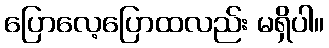
ပြောလေ့ပြောထလည်း မရှိပါ။